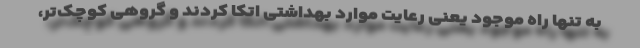
به تنها راه موجود یعنی رعایت موارد بهداشتی اتکا کردند و گروهی کوچک‌تر،